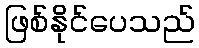
ဖြစ်နိုင်ပေသည်